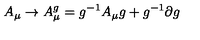
A _ { \mu } \to A _ { \mu } ^ { g } = g ^ { - 1 } A _ { \mu } g + g ^ { - 1 } \partial g